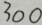
3 0 0